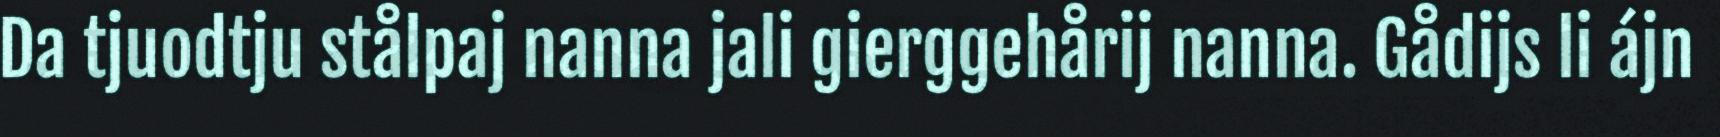
Da tjuodtju stålpaj nanna jali gierggehårij nanna. Gådijs li ájn